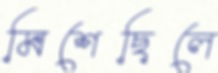
মিশেছিলে